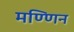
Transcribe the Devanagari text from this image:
मण्णिन